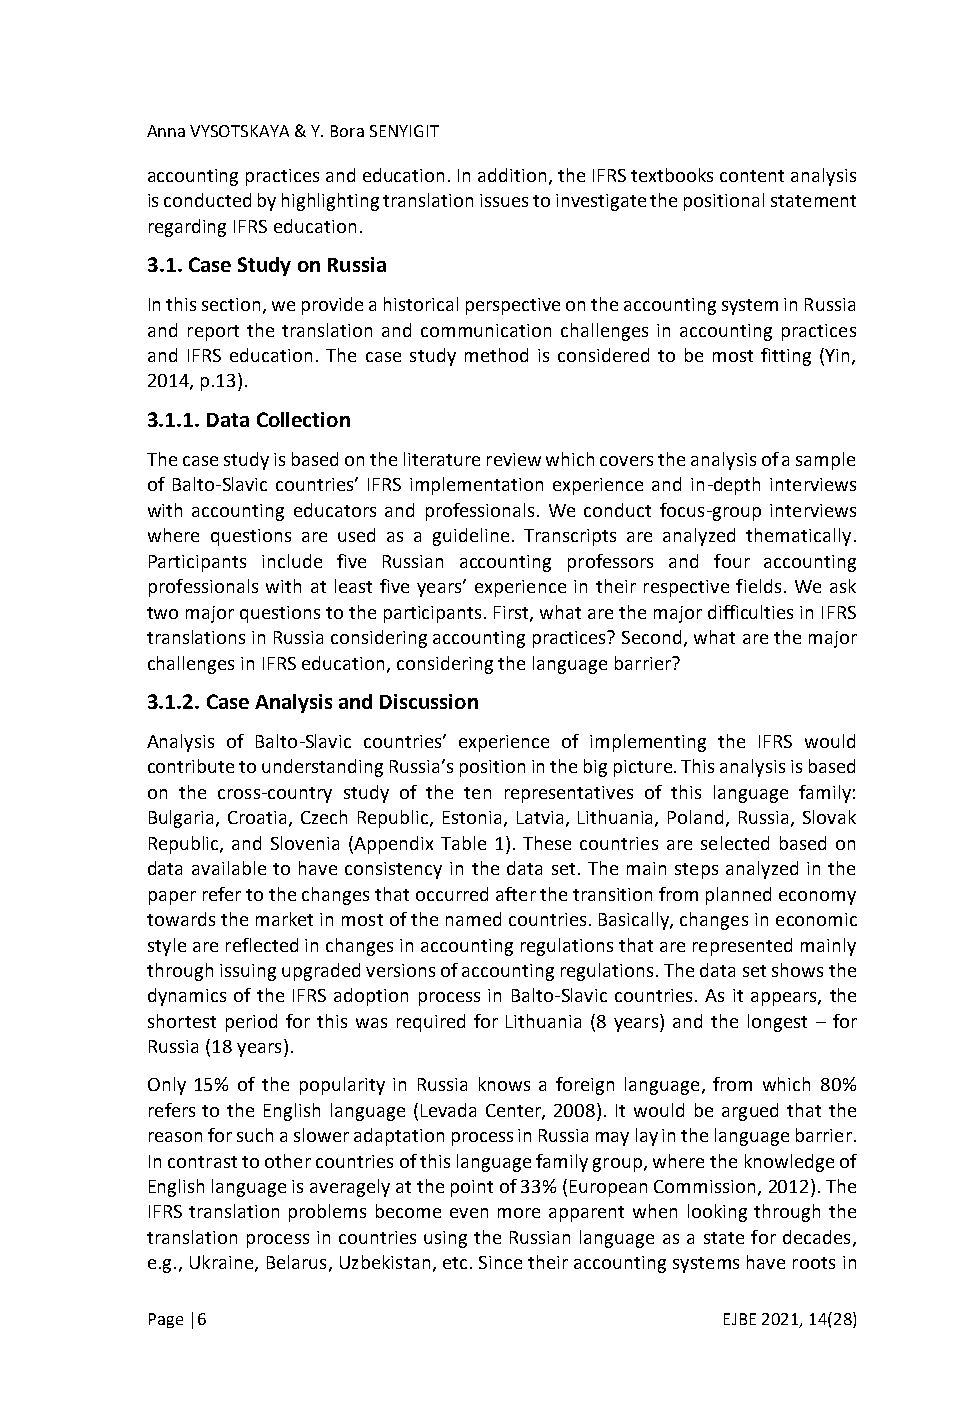
Anna VYSOTSKAYA & Y. Bora SENYIGIT
 accounting practices and education. In addition, the IFRS textbooks content analysis
 is conducted by highlighting translation issues to investigate the positional statement
 regarding IFRS education.
 3.1. Case Study on Russia
 In this section, we provide a historical perspective on the accounting system in Russia
 and report the translation and communication challenges in accounting practices
 and IFRS education. The case study method is considered to be most fitting (Yin,
 2014, p.13).
 3.1.1. Data Collection
 The case study is based on the literature review which covers the analysis of a sample
 of Balto-Slavic countries’ IFRS implementation experience and in-depth interviews
 with accounting educators and professionals. We conduct focus-group interviews
 where questions are used as a guideline. Transcripts are analyzed thematically.
 Participants include five Russian accounting professors and four accounting
 professionals with at least five years’ experience in their respective fields. We ask
 two major questions to the participants. First, what are the major difficulties in IFRS
 translations in Russia considering accounting practices? Second, what are the major
 challenges in IFRS education, considering the language barrier?
 3.1.2. Case Analysis and Discussion
 Analysis of Balto-Slavic countries’ experience of implementing the IFRS would
 contribute to understanding Russia’s position in the big picture. This analysis is based
 on the cross-country study of the ten representatives of this language family:
 Bulgaria, Croatia, Czech Republic, Estonia, Latvia, Lithuania, Poland, Russia, Slovak
 Republic, and Slovenia (Appendix Table 1). These countries are selected based on
 data available to have consistency in the data set. The main steps analyzed in the
 paper refer to the changes that occurred after the transition from planned economy
 towards the market in most of the named countries. Basically, changes in economic
 style are reflected in changes in accounting regulations that are represented mainly
 through issuing upgraded versions of accounting regulations. The data set shows the
 dynamics of the IFRS adoption process in Balto-Slavic countries. As it appears, the
 shortest period for this was required for Lithuania (8 years) and the longest – for
 Russia (18 years).
 Only 15% of the popularity in Russia knows a foreign language, from which 80%
 refers to the English language (Levada Center, 2008). It would be argued that the
 reason for such a slower adaptation process in Russia may lay in the language barrier.
 In contrast to other countries of this language family group, where the knowledge of
 English language is averagely at the point of 33% (European Commission, 2012). The
 IFRS translation problems become even more apparent when looking through the
 translation process in countries using the Russian language as a state for decades,
 e.g., Ukraine, Belarus, Uzbekistan, etc. Since their accounting systems have roots in
 Page |6                               EJBE 2021, 14(28)